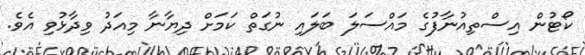
ކޯޓުން އިސްތިއުނާފުގެ މައްސަލަ ބަަލައި ނުގަތް ކަމަށް ދިޔާނާ މިއަދު ވިދާޅުވި އެވެ.